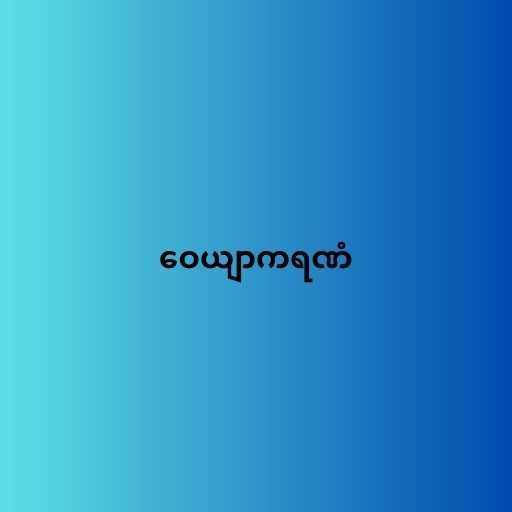
ဝေယျာကရဏံ